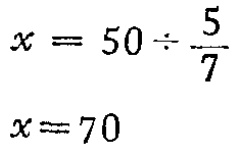
\[

\begin{align*}

x&=50\div\frac{5}{7}\\

x&=70

\end{align*}

\]